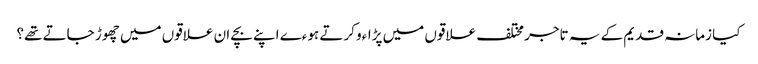
کیا زمانہ قدیم کے یہ تاجر مختلف علاقوں میں پڑاءو کرتے ہوءے اپنے بچے ان علاقوں میں چھوڑ جاتے تھے؟